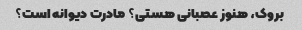
بروک، هنوز عصبانی هستی؟ مادرت دیوانه است؟